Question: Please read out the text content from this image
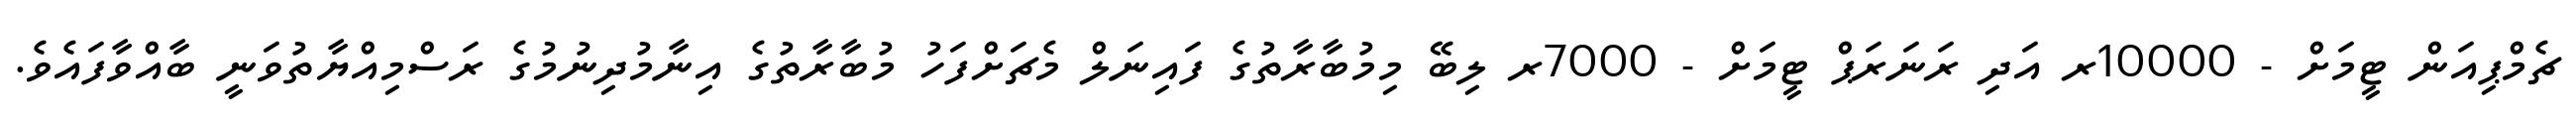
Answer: ޗެމްޕިއަން ޓީމަށް - 10000ރ އަދި ރަނަރަޕް ޓީމަށް - 7000ރ ލިބޭ މިމުބާރާތުގެ ފައިނަލް މެޗަށްފަހު މުބާރާތުގެ އިނާމުދިނުމުގެ ރަސްމިއްޔާތުވަނީ ބާއްވާފައެވެ.